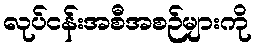
လုပ်ငန်းအစီအစဉ်များကို